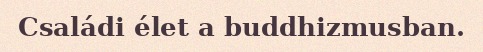
Családi élet a buddhizmusban.